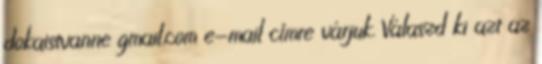
dokaistvanne gmail.com e-mail címre várjuk. Válaszd ki azt az